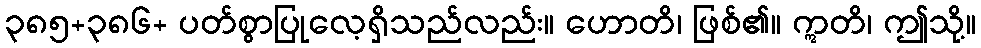
၃၈၅+၃၈၆+ ပတ်စွာပြုလေ့ရှိသည်လည်း။ ဟောတိ၊ ဖြစ်၏။ ဣတိ၊ ဤသို့။